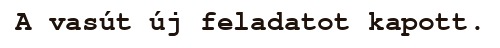
A vasút új feladatot kapott.